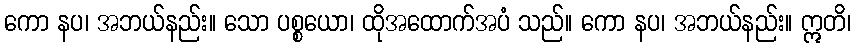
ကော နပ၊ အဘယ်နည်း။ သော ပစ္စယော၊ ထိုအထောက်အပံ သည်။ ကော နပ၊ အဘယ်နည်း။ ဣတိ၊